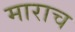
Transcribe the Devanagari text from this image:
माराच